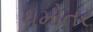
ધમોતર